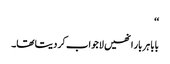
‘‘
بابا ہر بار انھیں لاجواب کر دیتا تھا۔